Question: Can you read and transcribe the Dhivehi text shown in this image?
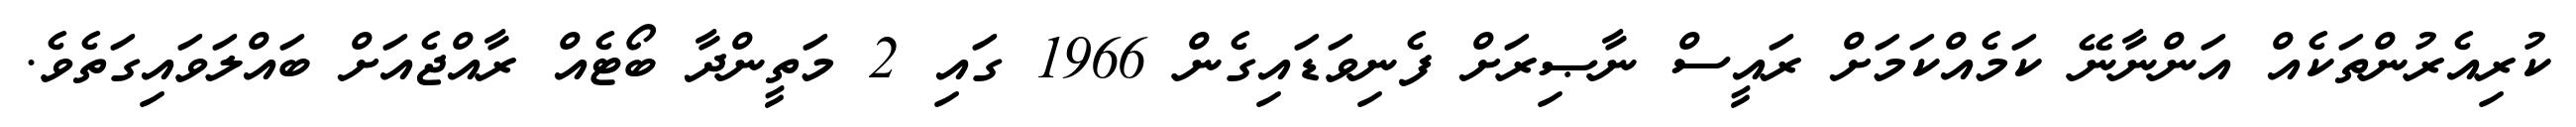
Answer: ކުރިއެރުންތަކެއް އަންނާނޭ ކަމެއްކަމަށް ރައީސް ނާޞިރަށް ފެނިވަޑައިގެން 1966 ގައި 2 މަތީންދާ ބޯޓެއް ރާއްޖެއަށް ބައްލަވައިގަތެވެ.